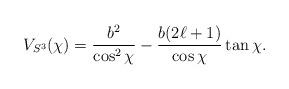
LaTeX: \begin{align*}V_{S^3}(\chi) =\frac{b^2}{\cos^2\chi } -\frac{b(2 \ell+1)}{\cos\chi}\tan\chi.\end{align*}